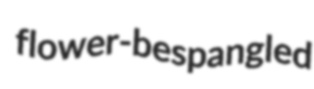
flower-bespangled